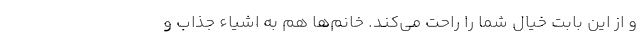
و از این بابت خیال شما را راحت می‌کند. خانم‌ها هم به اشیاء جذاب و